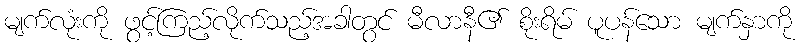
မျက်လုံးကို ဖွင့်ကြည့်လိုက်သည့်အခါတွင် မီလာနီ၏ စိုးရိမ် ပူပန်သော မျက်နှာကို